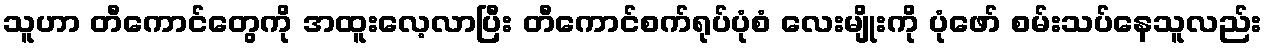
သူဟာ တီကောင်တွေကို အထူးလေ့လာပြီး တီကောင်စက်ရုပ်ပုံစံ လေးမျိုးကို ပုံဖော် စမ်းသပ်နေသူလည်း